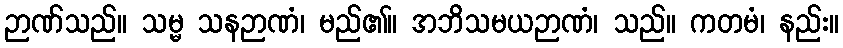
ဉာဏ်သည်။ သမ္မ သနဉာဏံ၊ မည်၏။ အဘိသမယဉာဏံ၊ သည်။ ကတမံ၊ နည်း။